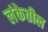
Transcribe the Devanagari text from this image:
लंकेतील